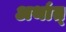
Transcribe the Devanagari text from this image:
अथा॔त्